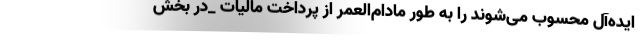
ایده‌آل محسوب می‌شوند را به طور مادام‌العمر از پرداخت مالیات _در بخش